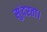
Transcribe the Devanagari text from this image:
सुंदरता।